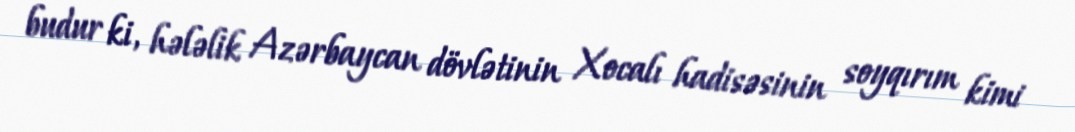
budur ki, hələlik Azərbaycan dövlətinin Xocalı hadisəsinin soyqırım kimi